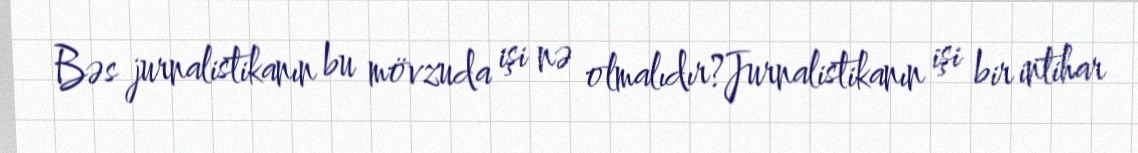
Bəs jurnalistikanın bu mövzuda işi nə olmalıdır?Jurnalistikanın işi bir intihar